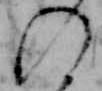
の